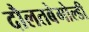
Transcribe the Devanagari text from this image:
दौलतबेगोल्डी